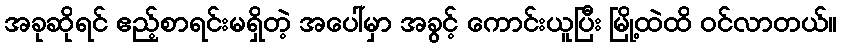
အခုဆိုရင် ဧည့်စာရင်းမရှိတဲ့ အပေါ်မှာ အခွင့် ကောင်းယူပြီး မြို့ထဲထိ ဝင်လာတယ်။